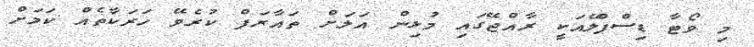
މި ވޯޓާ ޑިސްޕްލޭއަކީ ރާއްޖޭގައި މުޅިން އަލަށް ތައާރަފް ކުރެވޭ ހަރަކާތެއް ކަމަށް